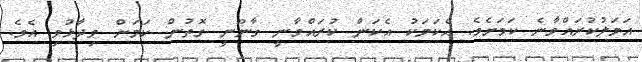
އަމަލުކުރައްވާނެ ކަމަށެވެ. އެކަމަކު އެކަން ކުރައްވާނީ ގާނޫނީ ގޮތުން ކަމަށް ވިދާޅުވި އެވެ.